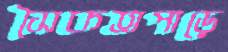
সৈকতপাড়ে